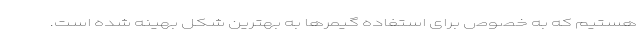
هستیم که به خصوص برای استفاده گیمرها به بهترین شکل بهینه شده است.